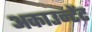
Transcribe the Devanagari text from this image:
अकाउन्टेंट